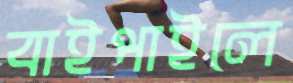
বাইপাইলে